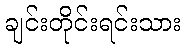
ချင်းတိုင်းရင်းသား